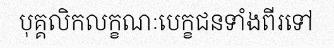
បុគ្គលិកលក្ខណៈបេក្ខជនទាំងពីរទៅ